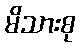
မိသားစု